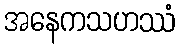
အနေကသဟဿံ